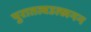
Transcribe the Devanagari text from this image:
पुरातत्वउत्खनन